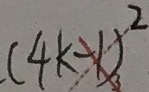
( 4 k - 1 ) ^ { 2 }